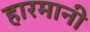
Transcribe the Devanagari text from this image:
हारमानी